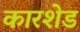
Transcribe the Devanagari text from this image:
कारशेड